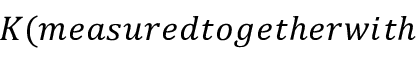
K ( m e a s u r e d t o g e t h e r w i t h